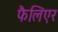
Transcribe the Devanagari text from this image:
फैलिएर